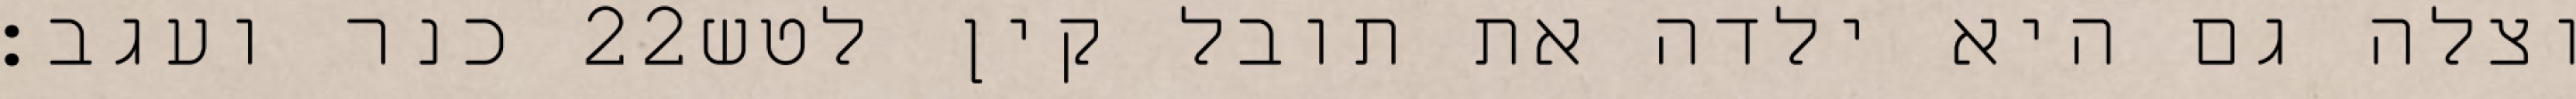
כנר ועגב׃ ‎22‏ וצלה גם היא ילדה את תובל קין לטש